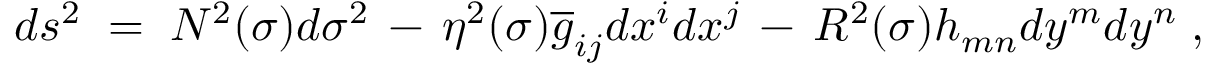
d s ^ { 2 } \; = \; N ^ { 2 } ( \sigma ) d \sigma ^ { 2 } \, - \, \eta ^ { 2 } ( \sigma ) \overline { { { g } } } _ { i j } d x ^ { i } d x ^ { j } \, - \, R ^ { 2 } ( \sigma ) h _ { m n } d y ^ { m } d y ^ { n } \; ,